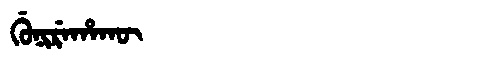
Manchu: ᡤᡠᠨᡳᡵᡝᡥᠠᡴᡡ
Romanization: GUNIREHAKŪ